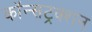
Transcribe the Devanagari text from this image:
कॉन्सट्रक्शन